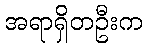
အရာရှိတဦးက